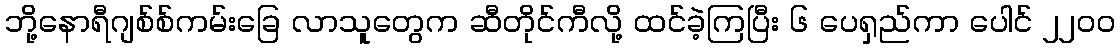
ဘို့နောရီဂျစ်စ်ကမ်းခြေ လာသူတွေက ဆီတိုင်ကီလို့ ထင်ခဲ့ကြပြီး ၆ ပေရှည်ကာ ပေါင် ၂၂၀၀